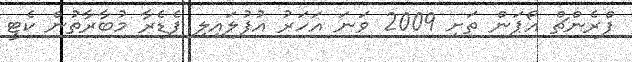
ފްރެންޗް އޯޕަން ތަށި 2009 ވަނަ އަހަރު އުފުލައިލި ފެޑެރާ މުބާރާތުން ކެޓީ